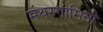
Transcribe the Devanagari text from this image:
मंथरगामिनी